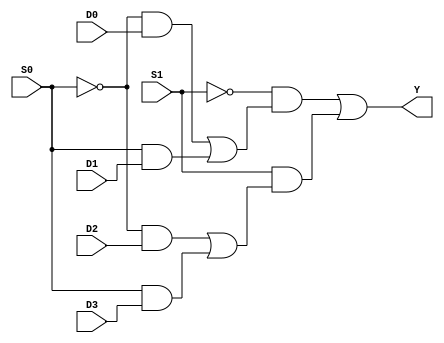
`timescale 1ns/1ns

module data_sel(
   input             S0     ,
   input             S1     ,
   input             D0     ,
   input             D1     ,
   input             D2     ,
   input             D3     ,
   
   output wire        Y    
);

assign Y = ~S1 & (~S0&D0 | S0&D1) | S1&(~S0&D2 | S0&D3);
     
endmodule

module sel_exp(
   input             A     ,
   input             B     ,
   input             C     ,
   
   output wire       L            
);
data_sel inst1(.S0(B),
               .S1(A),
               .D0(1'b0),
               .D1(C),
               .D2(~C),
               .D3(1'b1),
               .Y(L));
endmodule